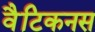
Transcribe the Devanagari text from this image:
वैटिकनस